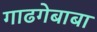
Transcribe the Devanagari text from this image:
गाढगेबाबा